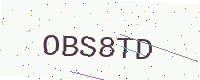
Text: OBS8TD